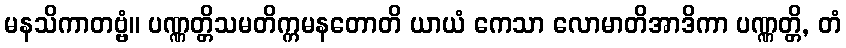
မနသိကာတဗ္ဗံ။ ပဏ္ဏတ္တိသမတိက္ကမနတောတိ ယာယံ ကေသာ လောမာတိအာဒိကာ ပဏ္ဏတ္တိ, တံ